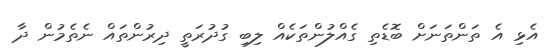
އެޅި އެ ތަންތަނަށް ބޮޑެތި ގެއްލުންތަކެއް ލިބި ގުދުރަތީ ދިރުންތައް ނެތެމުން ދާ